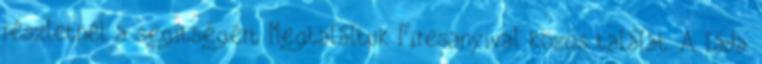
részletnél a segítségért Megtaláltuk Firesanyival közös találat. A láda